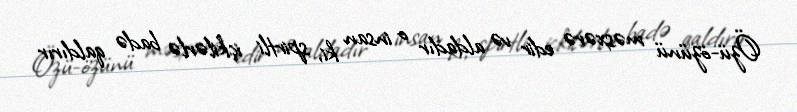
Özü-özünü məsxərə edir və aldadır o insan ki, spirtli içkilərlə badə qaldırır